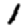
Digit: 1